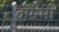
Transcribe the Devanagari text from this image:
दॉम्रेमी